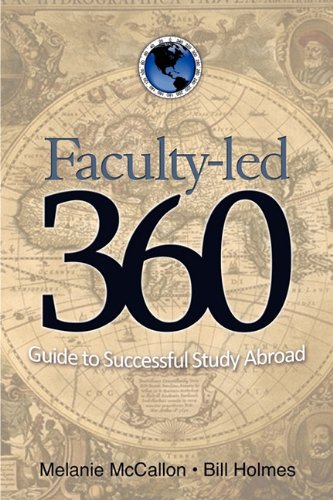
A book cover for Faculty-Led 360: Guide to Successful Study Abroad; Melanie McCallon; Travel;